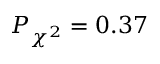
P _ { \chi ^ { 2 } } = 0 . 3 7